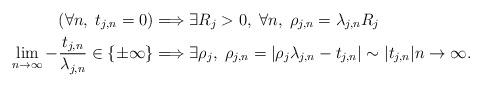
LaTeX: \begin{align*} \left( \forall n,\; t_{j,n}=0 \right) &\Longrightarrow \exists R_j>0,\;\forall n,\;\rho_{j,n}=\lambda_{j,n}R_j\\ \lim_{n\to\infty} -\frac{t_{j,n}}{\lambda_{j,n}}\in \{\pm\infty\}&\Longrightarrow \exists \rho_j,\;\rho_{j,n}=\left|\rho_j\lambda_{j,n}-t_{j,n}\right|\sim|t_{j,n}|n\to\infty. \end{align*}